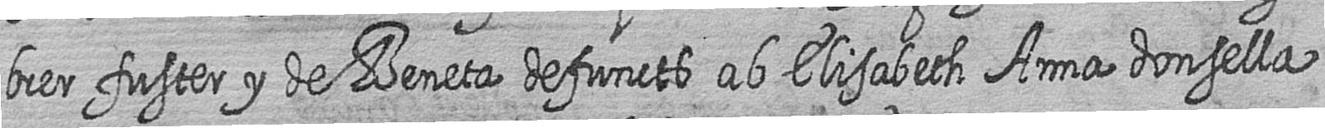
brer fuster y de Beneta defuncts ab Elisabeth Anna donsella